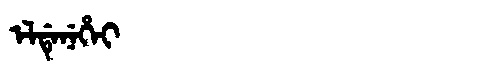
Manchu: ᡝᠯᡩᡝᠨᡝᡥᡝᡳ
Romanization: ELDENEHEI